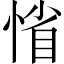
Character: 𢜫